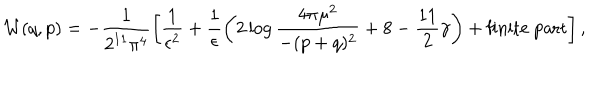
LaTeX: { \cal W } ( q , p ) = - \frac { 1 } { 2 ^ { 1 1 } \pi ^ { 4 } } \left[ \frac { 1 } { \epsilon ^ { 2 } } + \frac { 1 } { \epsilon } \left( 2 \log \frac { 4 \pi \mu ^ { 2 } } { - ( p + q ) ^ { 2 } } + 8 - \frac { 1 1 } { 2 } \gamma \right) + \mathrm { f i n i t e ~ p a r t } \right] , \,